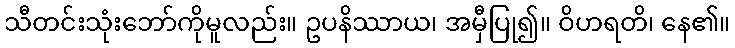
သီတင်းသုံးဘော်ကိုမူလည်း။ ဥပနိဿာယ၊ အမှီပြု၍။ ဝိဟရတိ၊ နေ၏။